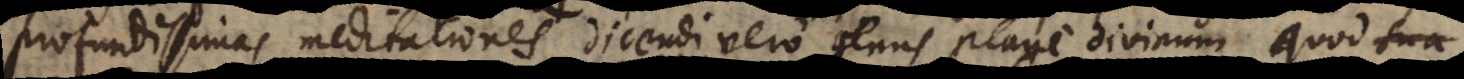
profundissimas meditationes, dicendi vero genus plane divinum, quod su